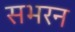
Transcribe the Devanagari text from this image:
सभरन